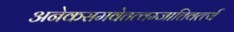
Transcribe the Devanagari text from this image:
अनेकसमवेतत्वम्जातिवर्त्त्य